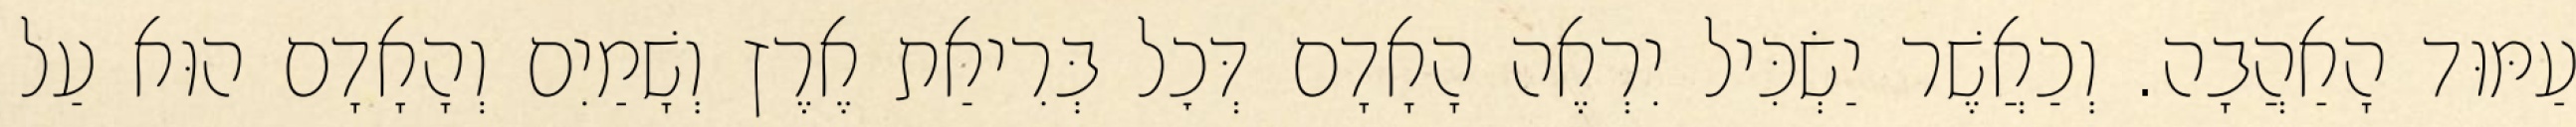
עַמּוּד הָאַהֲבָה. וְכַאֲשֶׁר יַשְׂכִּיל יִרְאֶה הָאָדָם דְּכׇל בְּרִיאַת אֶרֶץ וְשָׁמַיִם וְהָאָדָם הוּא עַל